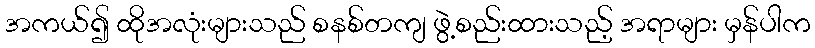
အကယ်၍ ထိုအလုံးများသည် စနစ်တကျ ဖွဲ့စည်းထားသည့် အရာများ မှန်ပါက